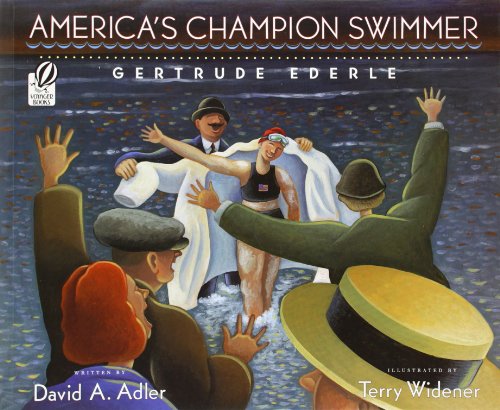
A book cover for America's Champion Swimmer: Gertrude Ederle; David A. Adler; Children's Books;